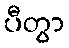
ပီတွာ